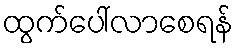
ထွက်ပေါ်လာစေရန်